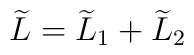
\widetilde{L}=\widetilde{L}_1+\widetilde{L}_2